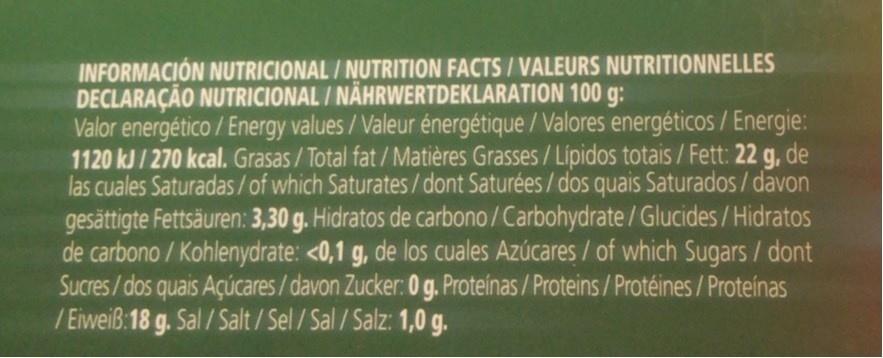
INFORMACIÓN NUTRICIONAL / NUTRITION FACTS / VALEURS NUTRITIONNELLES DECLARAÇÃO NUTRICIONAL / NÄHRWERTDEKLARATION 100 g: Valor energético / Energy values/Valeur énergétique / Valores energéticos /Energie: 1120 kJ / 270 kcal. Grasas/Total fat/Matières Grasses/Lipidos totais / Fett: 22 g, de las cuales Saturadas/of which Saturates / dont Saturées / dos quais Saturados/ davon gesättigte Fettsäuren: 3,30 g. Hidratos de carbono/Carbohydrate/Glucides/Hidratos de carbono / Kohlenydrate: <0,1 g, de los cuales Azúcares / of which Sugars/ dont Sucres/dos quais Açúcares/ davon Zucker: 0g. Proteinas /Proteins/Protéines/Proteínas / Eiweiß:18 g. Sal / Salt/Sel /Sal/Salz: 1,0 g.